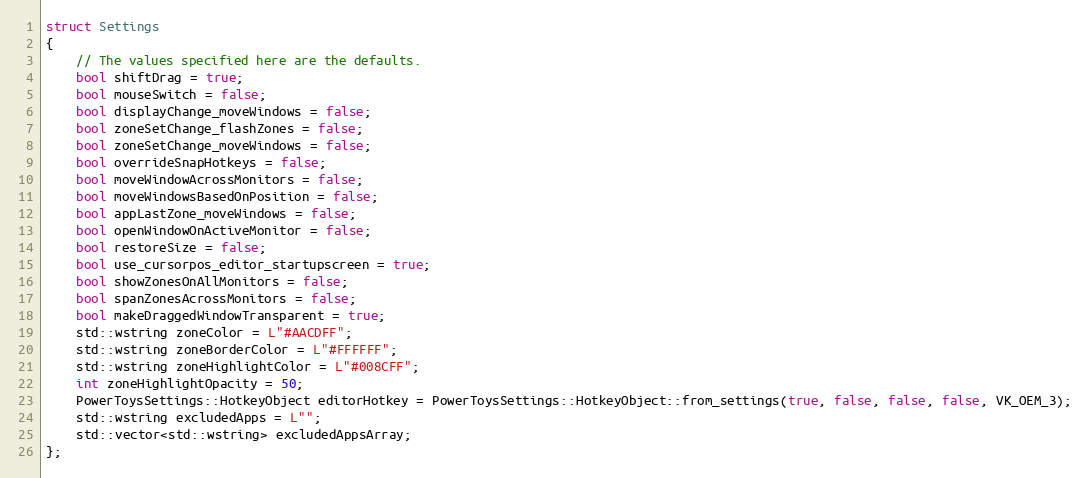
Language: C
struct Settings
{
    // The values specified here are the defaults.
    bool shiftDrag = true;
    bool mouseSwitch = false;
    bool displayChange_moveWindows = false;
    bool zoneSetChange_flashZones = false;
    bool zoneSetChange_moveWindows = false;
    bool overrideSnapHotkeys = false;
    bool moveWindowAcrossMonitors = false;
    bool moveWindowsBasedOnPosition = false;
    bool appLastZone_moveWindows = false;
    bool openWindowOnActiveMonitor = false;
    bool restoreSize = false;
    bool use_cursorpos_editor_startupscreen = true;
    bool showZonesOnAllMonitors = false;
    bool spanZonesAcrossMonitors = false;
    bool makeDraggedWindowTransparent = true;
    std::wstring zoneColor = L"#AACDFF";
    std::wstring zoneBorderColor = L"#FFFFFF";
    std::wstring zoneHighlightColor = L"#008CFF";
    int zoneHighlightOpacity = 50;
    PowerToysSettings::HotkeyObject editorHotkey = PowerToysSettings::HotkeyObject::from_settings(true, false, false, false, VK_OEM_3);
    std::wstring excludedApps = L"";
    std::vector<std::wstring> excludedAppsArray;
};